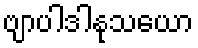
ဗျာပါဒါနုသယော